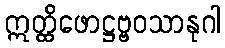
ဣတ္ထိဖောဋ္ဌဗ္ဗဝသာနုဂါ